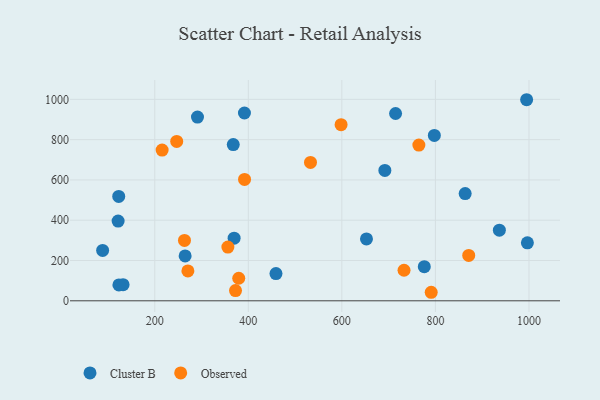
{"axis": {"x": "Speed", "y": "Yield"}, "legend": ["Cluster B", "Observed"], "data": [{"x": "132.2", "y": 80.1, "type": "Cluster B"}, {"x": "369.6", "y": 311.1, "type": "Cluster B"}, {"x": "121.6", "y": 395.9, "type": "Cluster B"}, {"x": "797.7", "y": 820.9, "type": "Cluster B"}, {"x": "123.3", "y": 78.8, "type": "Cluster B"}, {"x": "367.8", "y": 775.6, "type": "Cluster B"}, {"x": "936.7", "y": 350.7, "type": "Cluster B"}, {"x": "691.9", "y": 647.3, "type": "Cluster B"}, {"x": "264.9", "y": 222.8, "type": "Cluster B"}, {"x": "291.3", "y": 912.1, "type": "Cluster B"}, {"x": "652.6", "y": 307.0, "type": "Cluster B"}, {"x": "88.5", "y": 249.9, "type": "Cluster B"}, {"x": "863.6", "y": 532.4, "type": "Cluster B"}, {"x": "459.1", "y": 134.9, "type": "Cluster B"}, {"x": "995.0", "y": 998.2, "type": "Cluster B"}, {"x": "714.8", "y": 929.9, "type": "Cluster B"}, {"x": "776.2", "y": 169.3, "type": "Cluster B"}, {"x": "391.7", "y": 932.4, "type": "Cluster B"}, {"x": "122.9", "y": 518.1, "type": "Cluster B"}, {"x": "996.6", "y": 287.6, "type": "Cluster B"}, {"x": "871.2", "y": 225.4, "type": "Observed"}, {"x": "598.3", "y": 874.1, "type": "Observed"}, {"x": "372.6", "y": 50.5, "type": "Observed"}, {"x": "246.9", "y": 791.1, "type": "Observed"}, {"x": "270.8", "y": 148.3, "type": "Observed"}, {"x": "215.7", "y": 748.0, "type": "Observed"}, {"x": "764.6", "y": 773.2, "type": "Observed"}, {"x": "263.5", "y": 299.9, "type": "Observed"}, {"x": "391.9", "y": 602.3, "type": "Observed"}, {"x": "791.0", "y": 42.3, "type": "Observed"}, {"x": "379.5", "y": 111.9, "type": "Observed"}, {"x": "356.3", "y": 266.6, "type": "Observed"}, {"x": "532.9", "y": 686.7, "type": "Observed"}, {"x": "732.9", "y": 151.7, "type": "Observed"}]}